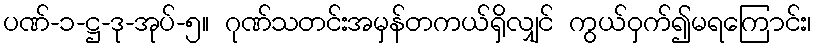
ပဏ်-၁-ဋ္ဌ-ဒု-အုပ်-၅။ ဂုဏ်သတင်းအမှန်တကယ်ရှိလျှင် ကွယ်ဝှက်၍မရကြောင်း၊